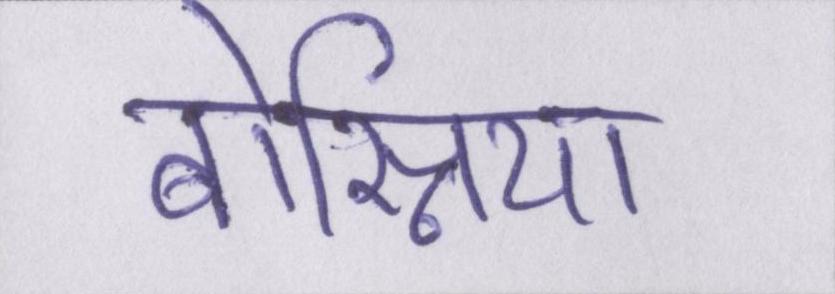
बोस्निया